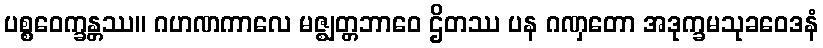
ပစ္စဝေက္ခန္တဿ။ ဂဟဏကာလေ မဇ္ဈတ္တဘာဝေ ဌိတဿ ပန ဂဏှတော အဒုက္ခမသုခဝေဒနံ